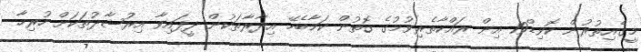
މީގެއިތުރުން ކޮވިޑް19 އިން ރައްކާތެރިވުމުގެ ގޮތުން ކަމާބެހޭ އިދާރާތަކުން ދީފައިވާ އިރުޝާދުތަކަށް ހުރިހާ